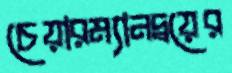
চেয়ারম্যানদ্বয়ের